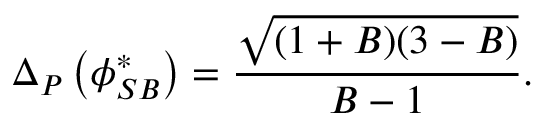
\Delta _ { P } \left( \phi _ { S B } ^ { * } \right) = \frac { \sqrt { ( 1 + B ) ( 3 - B ) } } { B - 1 } .